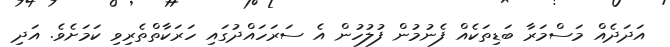
އަދަދެއް މަސްމަރާ ބަޑިތަކެއް ފެނުމުން ފުލުހުން އެ ސަރަހައްދުގައި ހަރަކާތްތެރިވި ކަމަށެވެ. އަދި